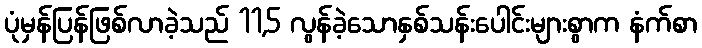
ပုံမှန်ပြန်ဖြစ်လာခဲ့သည် 11,5 လွန်ခဲ့သောနှစ်သန်းပေါင်းများစွာက နံက်စာ